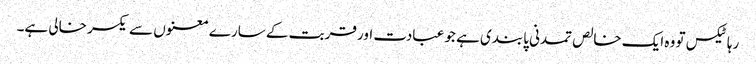
رہا ٹیکس تو وہ ایک خالص تمدنی پابندی ہے جو عبادت اور قربت کے سارے معنوں سے یکسر خالی ہے۔